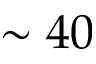
\sim 4 0